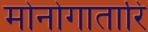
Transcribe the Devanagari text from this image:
मोनोगातारि